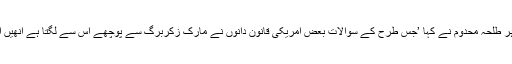
اس سلسلے میں بی بی سی سے بات کرتے ہوئے واشنگٹن میں سائبر سیکورٹی کے ماہر طلحہ محدوم نے کہا ’جس طرح کے سوالات بعض امریکی قانون دانوں نے مارک زکربرگ سے پوچھے اس سے لگتا ہے انھیں ابھی یہ سمجھ ہی نہیں کی سوشل میڈیا پر کمپنیاں ڈیٹا کیسے اور کیوں جمع کرتی ہیں؟